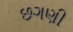
છગણી